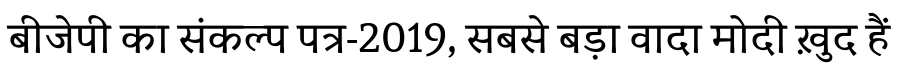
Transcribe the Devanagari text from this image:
बीजेपी का संकल्प पत्र-2019, सबसे बड़ा वादा मोदी ख़ुद हैं